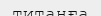
титанға